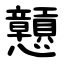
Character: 戅